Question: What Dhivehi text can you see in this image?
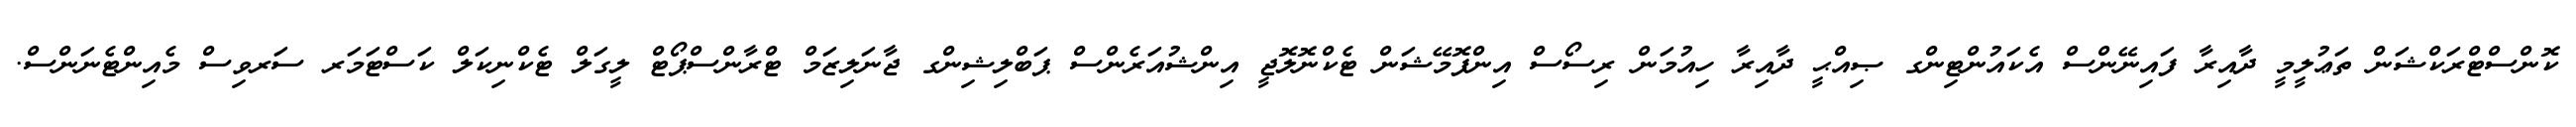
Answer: ކޮންސްޓްރަކްޝަން ތަޢުލީމީ ދާއިރާ ފައިނޭންސް އެކައުންޓިންގ ޞިއްޙީ ދާއިރާ ހިއުމަން ރިސޯސް އިންފޮމޭޝަން ޓެކްނޮލޮޖީ އިންޝުއަރެންސް ޕަބްލިޝިންގ ޖާނަލިޒަމް ޓްރާންސްޕޯޓް ލީގަލް ޓެކްނިކަލް ކަސްޓަމަރ ސަރވިސް މެއިންޓެނަންސް.